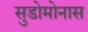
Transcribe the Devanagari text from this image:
सुडोमोनास